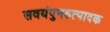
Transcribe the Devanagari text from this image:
सवयंपुनरुत्पादक